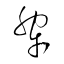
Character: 犂